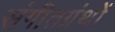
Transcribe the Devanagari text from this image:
संगीतग्रंथों